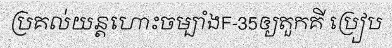
ប្រគល់យន្តហោះចម្បាំងF-35ឲ្យតួកគី ប្រៀប